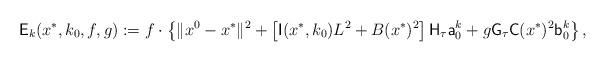
LaTeX: \begin{align*}\mathsf{E}_k(x^*,k_0,f,g):=f\cdot\left\{\Vert x^0-x^*\Vert^2+\left[\mathsf{I}(x^*,k_0)L^2+B(x^*)^2\right]\mathsf{H}_\tau\mathsf{a}_0^k+g\mathsf{G}_\tau\mathsf{C}(x^*)^2\mathsf{b}_0^k\right\},\end{align*}